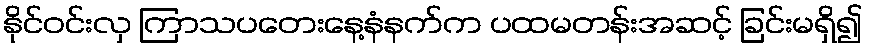
နိုင်ဝင်းလှ ကြာသပတေးနေ့နံနက်က ပထမတန်းအဆင့် ခြင်းမရှိ၍